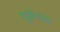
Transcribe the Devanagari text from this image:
एडूकेशनल